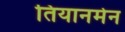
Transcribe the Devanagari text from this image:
तियानमेन